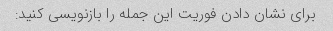
برای نشان دادن فوریت این جمله را بازنویسی کنید: